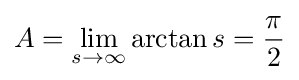
A=\lim _{s\to \infty }\arctan s={\frac {\pi }{2}}